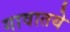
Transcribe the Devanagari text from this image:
गावातये